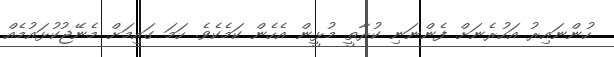
ހުންނައިރު އަހުރެނަށް ފެންނަނި ކުރާތީ މުޅީން އެހެން ކަމެކެވެ. ހަމަ ގައިމަށް މެނޭޖުކުޅައުމެއް